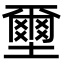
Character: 壐